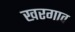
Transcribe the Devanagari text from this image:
खरगाव